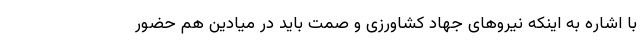
با اشاره به اینکه نیرو‌های جهاد کشاورزی و صمت باید در میادین هم حضور